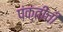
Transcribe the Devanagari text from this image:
पंक्तींची